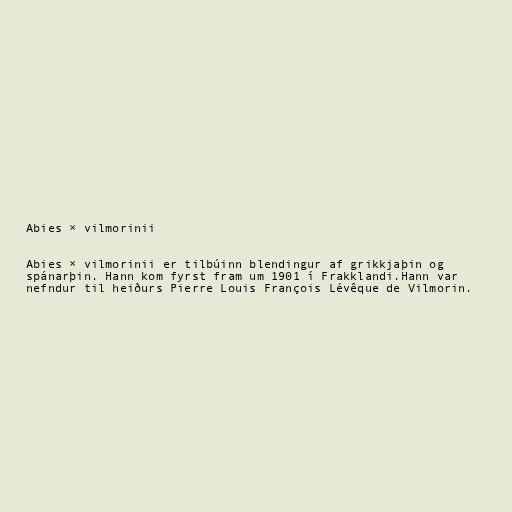
Abies × vilmorinii

Abies × vilmorinii er tilbúinn blendingur af grikkjaþin og
spánarþin. Hann kom fyrst fram um 1901 í Frakklandi.Hann var
nefndur til heiðurs Pierre Louis François Lévêque de Vilmorin.